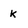
Character: k